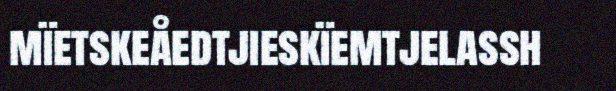
mïetskeåedtjieskïemtjelassh